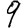
Digit: 9